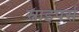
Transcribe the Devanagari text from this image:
स्नाइपर्स